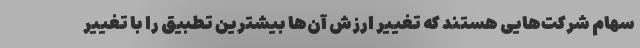
سهام شرکت‌هایی هستند که تغییر ارزش آن‌ها بیشترین تطبیق را با تغییر